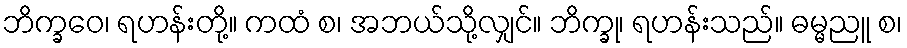
ဘိက္ခဝေ၊ ရဟန်းတို့။ ကထံ စ၊ အဘယ်သို့လျှင်။ ဘိက္ခု၊ ရဟန်းသည်။ ဓမ္မညူ စ၊